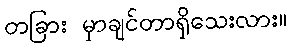
တခြား မှာချင်တာရှိသေးလား။